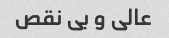
عالی و بی نقص